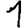
Digit: 1